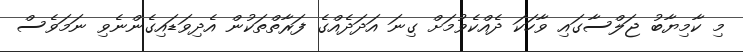
މި ކާމިޔާބު ޖަލްސާގައި ވާހަކަ ދެއްކެވުމަށް ގިނަ އަދަދެއްގެ ފަރާތްތަކުން އެދިވަޑައިގެންނެވި ނަމަވެސް